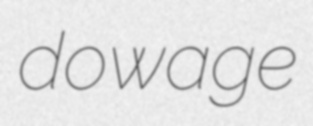
dowage